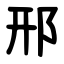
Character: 邢